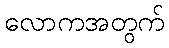
လောကအတွက်